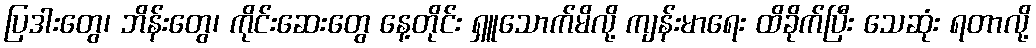
ပြဒါးတွေ၊ ဘိန်းတွေ၊ ကိုင်းဆေးတွေ နေ့တိုင်း ရှူသောက်မိလို့ ကျန်းမာရေး ထိခိုက်ပြီး သေဆုံး ရတာလို့